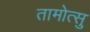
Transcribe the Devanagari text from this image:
तामोत्सु